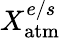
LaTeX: X_{\mathrm{atm}}^{e/s}